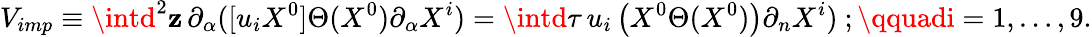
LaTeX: {V}_{imp}\equiv\intd^{2}\mathbf{z}\, \partial_{\alpha}([u_{i}X^{0}]\Theta(X^{0})\partial_{\alpha}X^{i})=\intd\tau\, u_{i}\left(X^{0}\Theta(X^{0})\right)\partial_{n}X^{i})~;\qquadi=1,\ldots,9.